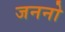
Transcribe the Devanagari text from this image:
जननो